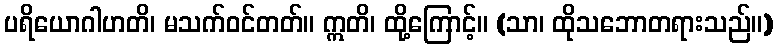
ပရိယောဂါဟတိ၊ မသက်ဝင်တတ်။ ဣတိ၊ ထို့ကြောင့်။ (သာ၊ ထိုသဘောတရားသည်။)